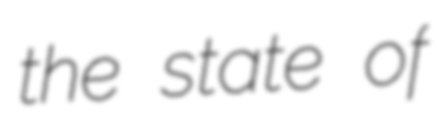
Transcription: the state of